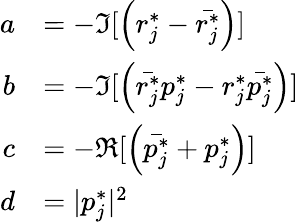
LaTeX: \begin{array}{rl}{a}&{=-\Im[\left(r_{j}^{*}-\bar{r_{j}^{*}}\right)]}\\ {b}&{=-\Im[\left(\bar{r_{j}^{*}}p_{j}^{*}-r_{j}^{*}\bar{p_{j}^{*}}\right)]}\\ {c}&{=-\Re[\left(\bar{p_{j}^{*}}+p_{j}^{*}\right)]}\\ {d}&{=|p_{j}^{*}|^{2}}\end{array}